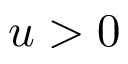
u > 0